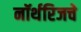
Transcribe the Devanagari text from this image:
नॉर्थरिजचे